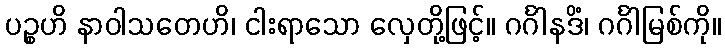
ပဉ္စဟိ နာဝါသတေဟိ၊ ငါးရာသော လှေတို့ဖြင့်။ ဂင်္ဂါနဒိံ၊ ဂင်္ဂါမြစ်ကို။